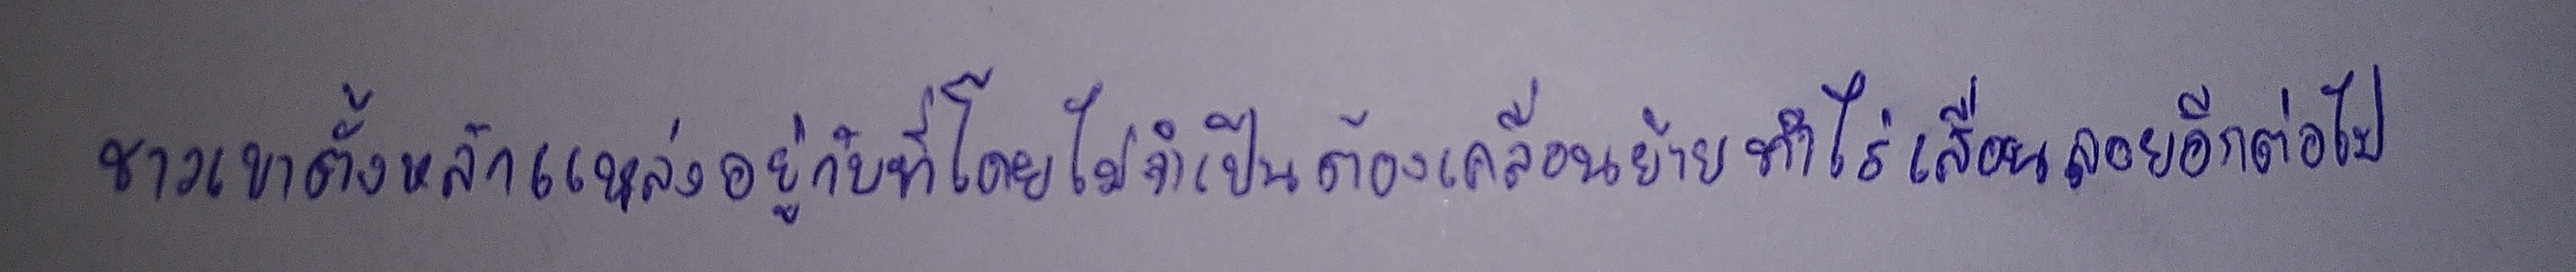
ชาวเขาตั้งหลักแหล่งอยู่กับที่โดยไม่จำเป็นจะต้องเคลื่อนย้ายทำไร่เลื่อนลอยอีกต่อไป